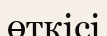
өткісі